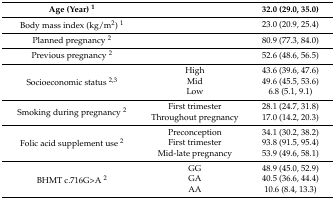
| Age (Year) 1 |  | 32.0 (29.0, 35.0) |
 | --- | --- | --- |
 | Body mass index (kg/m2) 1 |  | 23.0 (20.9, 25.4) |
 | Planned pregnancy 2 |  | 80.9 (77.3, 84.0) |
 | Previous pregnancy 2 |  | 52.6 (48.6, 56.5) |
 | <ROWSPAN=3> Socioeconomic status 2,3 | High | 43.6 (39.6, 47.6) |
 | Mid | 49.6 (45.5, 53.6) |
 | Low | 6.8 (5.1, 9.1) |
 | <ROWSPAN=2> Smoking during pregnancy 2 | First trimester | 28.1 (24.7, 31.8) |
 | Throughout pregnancy | 17.0 (14.2, 20.3) |
 | <ROWSPAN=3> Folic acid supplement use 2 | Preconception | 34.1 (30.2, 38.2) |
 | First trimester | 93.8 (91.5, 95.4) |
 | Mid-late pregnancy | 53.9 (49.6, 58.1) |
 | <ROWSPAN=3> BHMT c.716G>A 2 | GG | 48.9 (45.0, 52.9) |
 | GA | 40.5 (36.6, 44.4) |
 | AA | 10.6 (8.4, 13.3) |